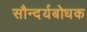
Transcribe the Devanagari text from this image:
सौन्दर्यबोधक